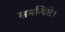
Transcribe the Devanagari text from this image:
समन्विते।